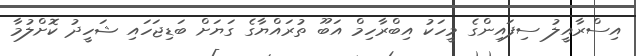
އިސްރާއީލު ސިފައިންގެ މީހަކު އިބްރާހިމް އަބޫ ތުރައްޔާގެ ގަޔަށް ބަޑިޖަހައި ޝަހީދު ކޮށްލުމާ